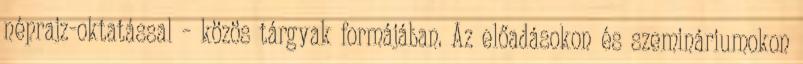
néprajz-oktatással – közös tárgyak formájában. Az előadásokon és szemináriumokon